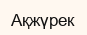
Ақжүрек